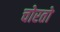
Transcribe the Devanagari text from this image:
चोरतो